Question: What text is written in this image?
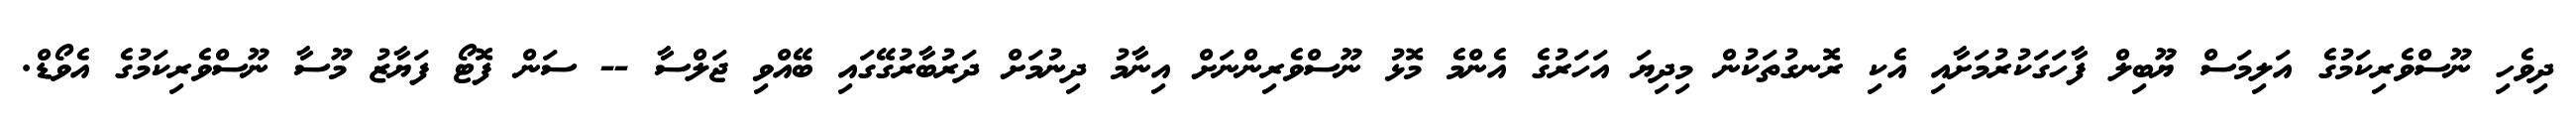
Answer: ދިވެހި ނޫސްވެރިކަމުގެ އަލިމަސް ޔޫބިލް ފާހަގަކުރުމަށާއި އެކި ރޮނގުތަކުން މިދިޔަ އަހަރުގެ އެންމެ މޮޅު ނޫސްވެރިންނަށް އިނާމު ދިނުމަށް ދަރުބާރުގޭގައި ބޭއްވި ޖަލްސާ -- ސަން ފޮޓޯ ފަޔާޒު މޫސާ ނޫސްވެރިކަމުގެ އެވޯޑް.